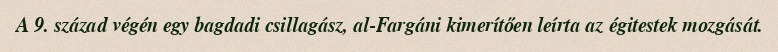
A 9. század végén egy bagdadi csillagász, al-Fargáni kimerítően leírta az égitestek mozgását.